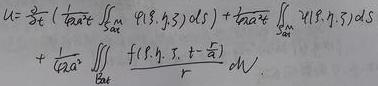
\[
\begin{align*}
u&=\frac{1}{4 \pi}\left(\frac{\partial}{\partial t} \iint_{S_{a t}^{M}} \varphi(\xi, \eta, \zeta) d S\right)+\frac{1}{4 \pi a} \iint_{S_{a t}^{M}} \psi(\xi, \eta, \zeta) d S\\
&+\frac{1}{4 \pi a^{2}} \iiint_{B_{a t}^{M}} \frac{f\left(\xi, \eta, \zeta, t-\frac{r}{a}\right)}{r} d V.
\end{align*}
\]